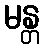
မန္တ